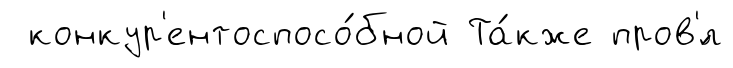
конкур'ентоспосо́бной Та́кже пров'́л